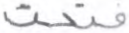
فتحت